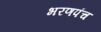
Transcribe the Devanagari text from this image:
भरणपंच